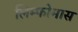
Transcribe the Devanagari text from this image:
लिम्‍फोमास